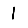
Digit: 1